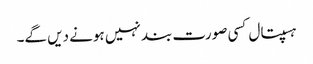
ہسپتال کسی صورت بند نہیں ہونے دیں گے۔